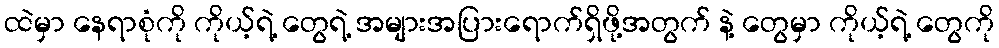
ထဲမှာ နေရာစုံကို ကိုယ့်ရဲ့ တွေရဲ့ အများအပြားရောက်ရှိဖို့အတွက် နဲ့ တွေမှာ ကိုယ့်ရဲ့ တွေကို